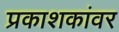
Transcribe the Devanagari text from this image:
प्रकाशकांवर